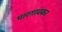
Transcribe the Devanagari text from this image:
पारगावकर